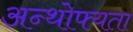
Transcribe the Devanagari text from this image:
अन्थोफ्यता